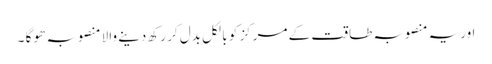
اوریہ منصوبہ طاقت کے مرکز کو بالکل بدل کر رکھ دینے والا منصوبہ ھو گا ۔